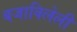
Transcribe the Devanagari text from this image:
बजाविलेली